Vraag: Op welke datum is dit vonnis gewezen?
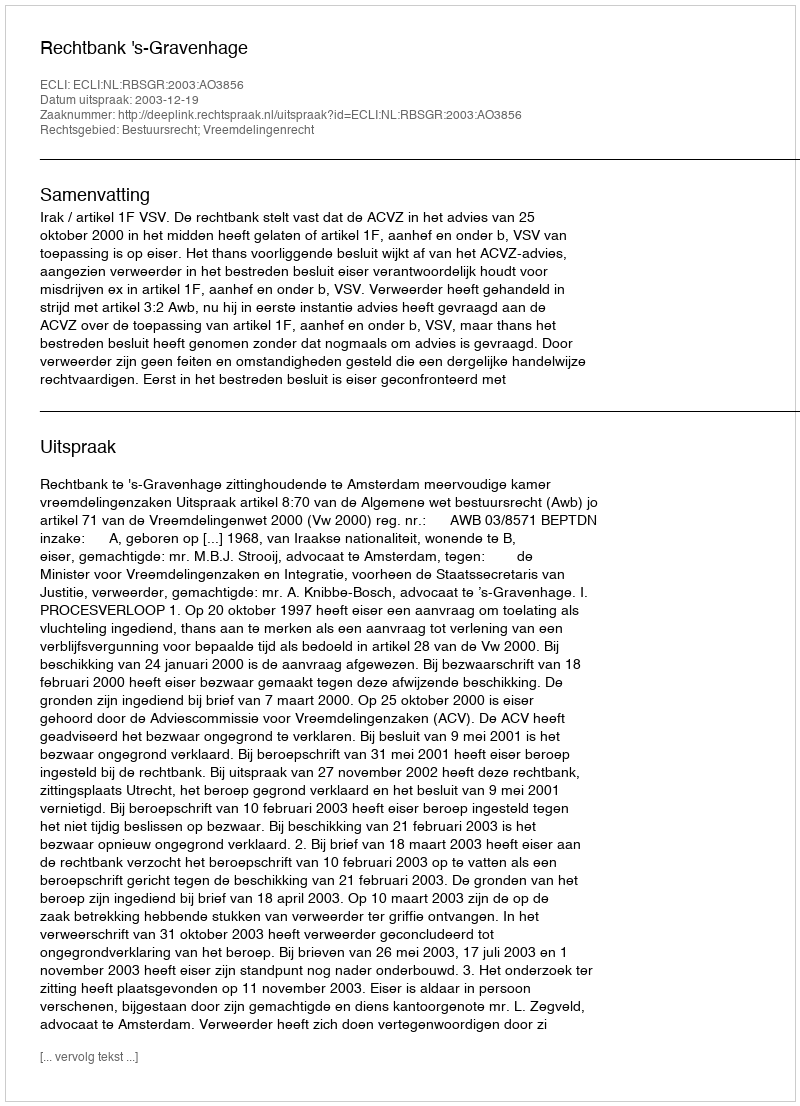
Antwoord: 2003-12-19